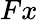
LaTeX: Fx